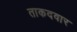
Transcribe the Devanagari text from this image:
ताकदवार